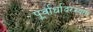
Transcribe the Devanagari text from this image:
पूर्वार्धादरम्यान